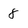
Character: 8